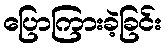
ပြောကြားခဲ့ခြင်း